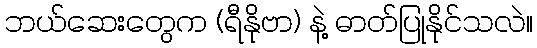
ဘယ်ဆေးတွေက (ရီနိုဗာ) နဲ့ ဓာတ်ပြုနိုင်သလဲ။